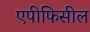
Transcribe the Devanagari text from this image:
एपीफिसील